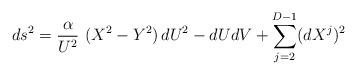
LaTeX: \begin{align*}ds^2 = \frac{\alpha}{U^2}~ (X^2 - Y^2)\, dU^2 - dUdV + \sum_{j=2}^{D-1}(dX^j)^2 \end{align*}